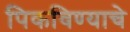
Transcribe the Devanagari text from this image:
पिकविण्याचे